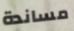
مساندة